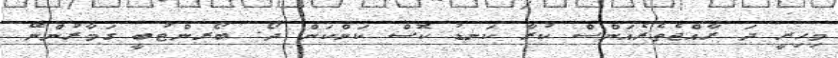
މިހިރީ ދަ ރާއްޖެތެރެއަންސް ކުރާ ކަނޑު ކޮސް ކަންކަން ދޯ. ބޯރންޓުބީ ގަމާރުންނޭ